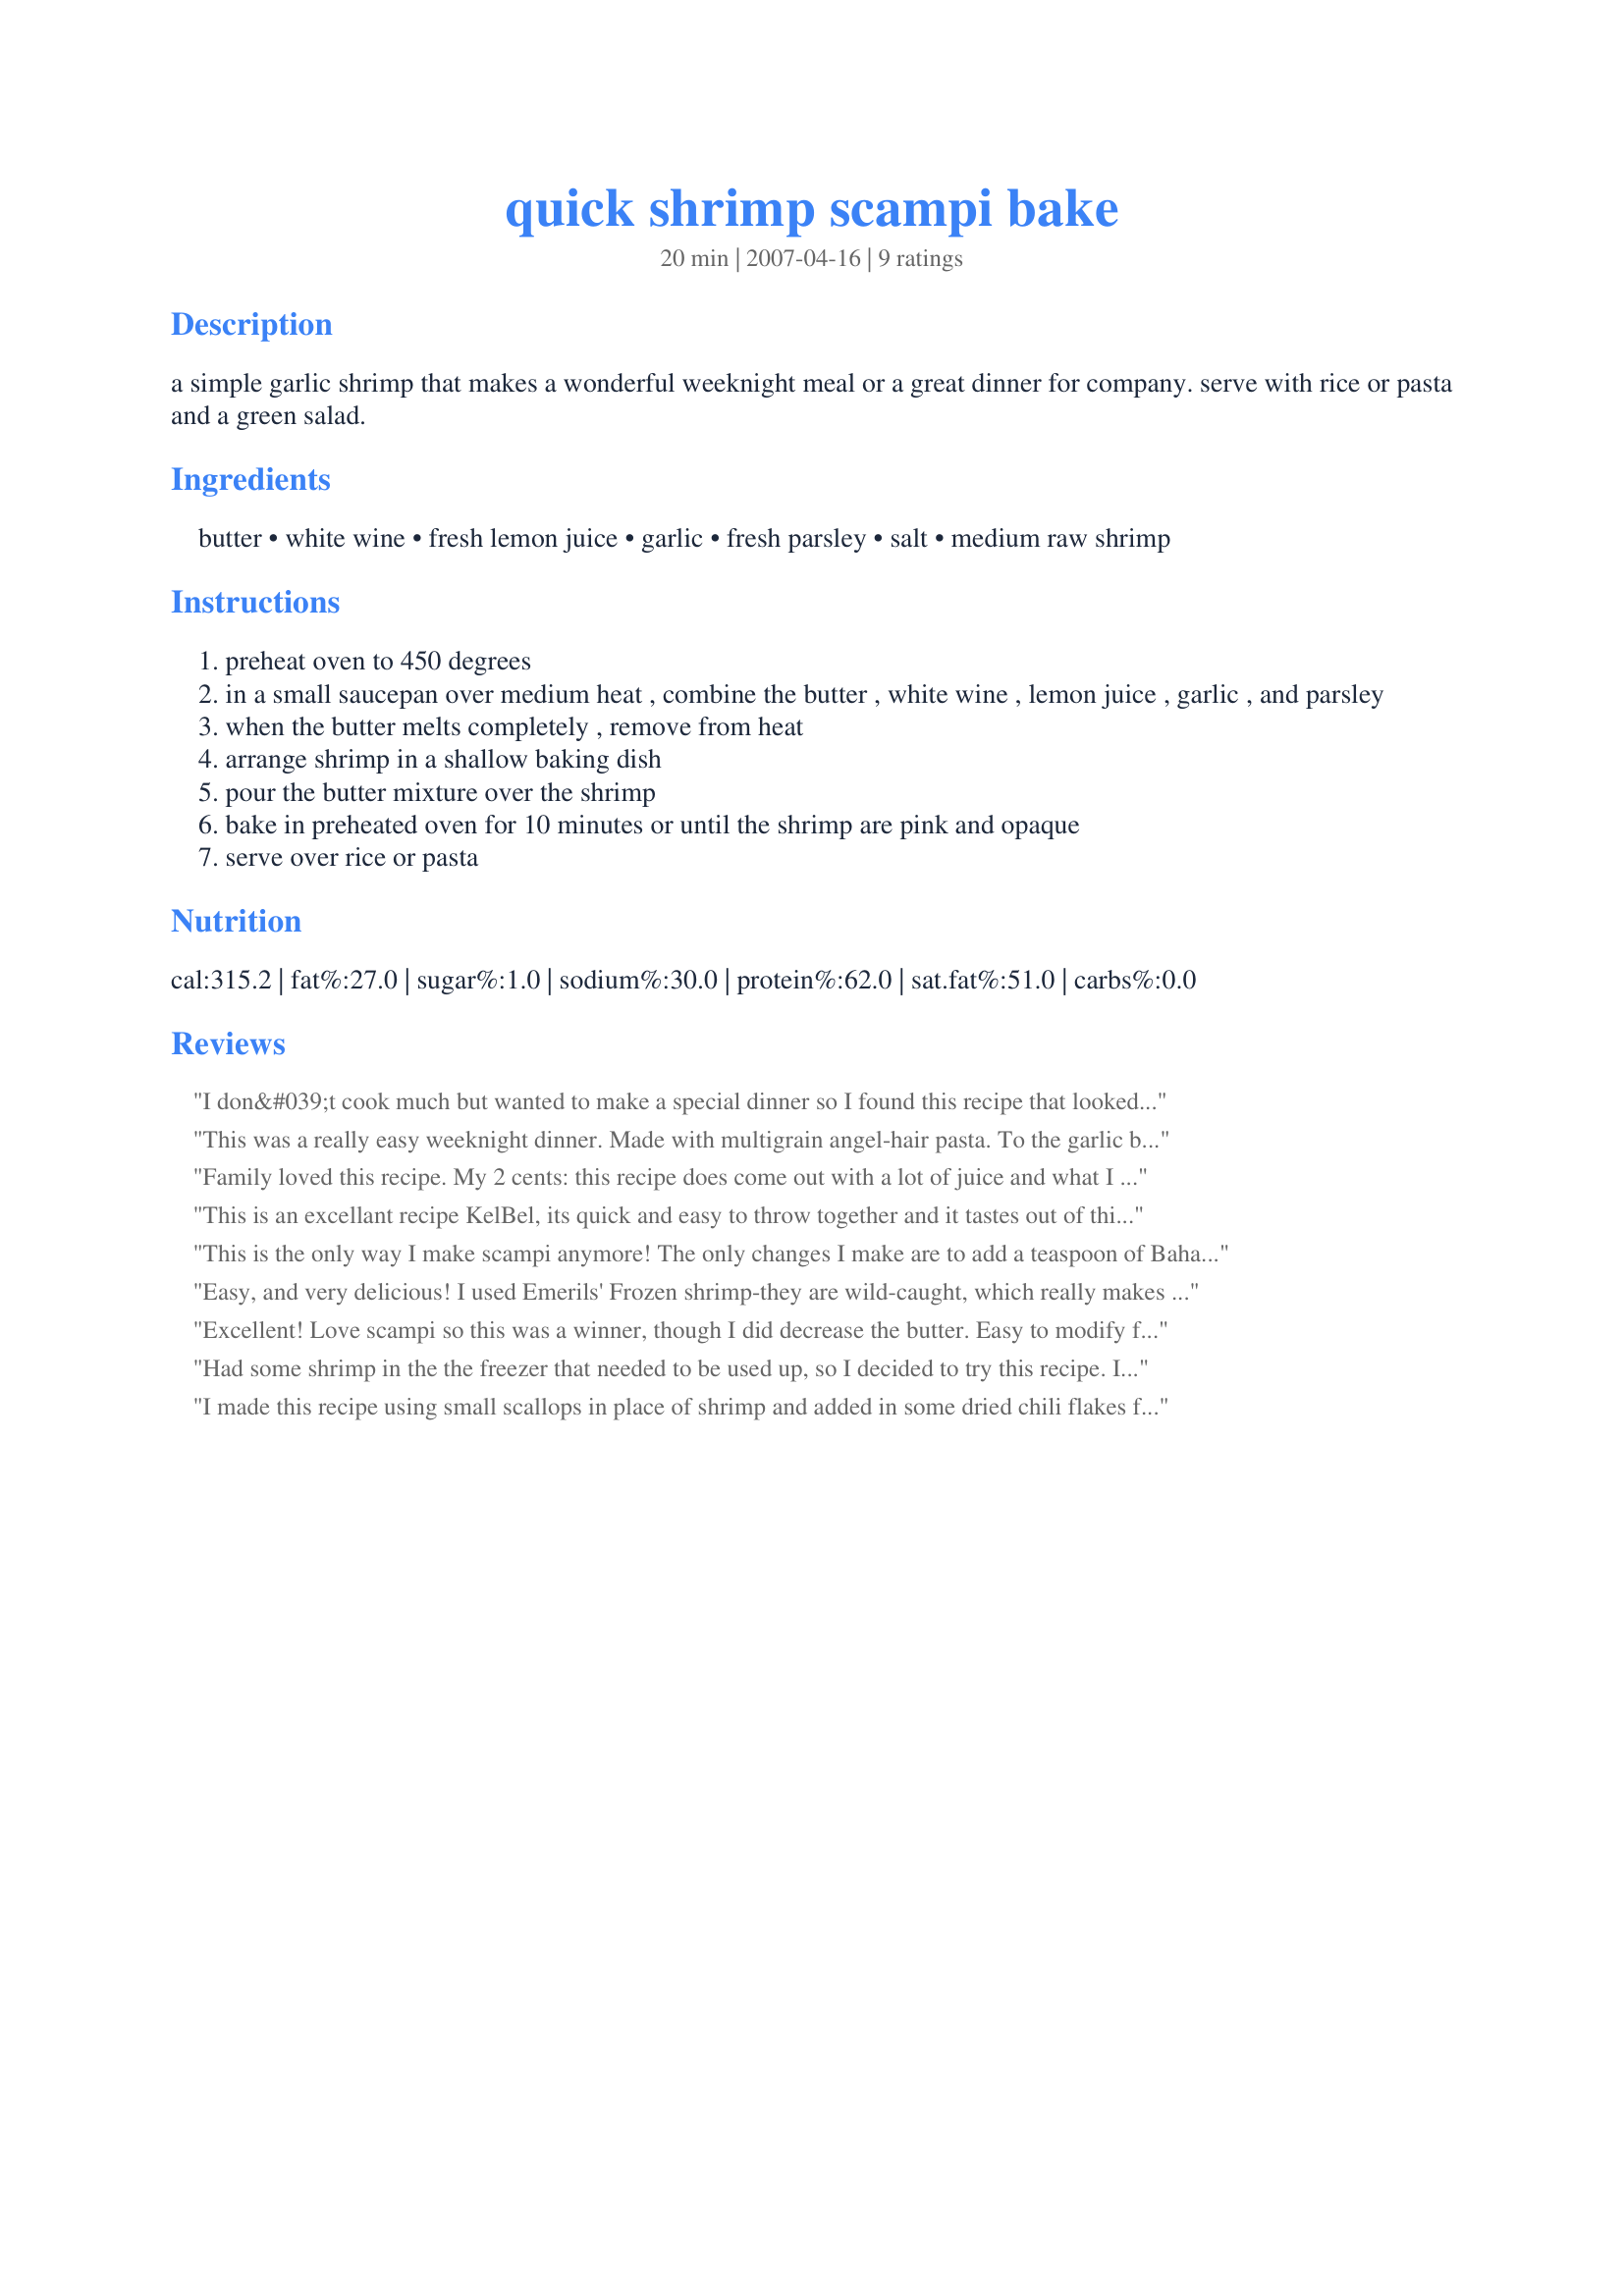
quick shrimp scampi bake
Preparation time: 20 minutes

a simple garlic shrimp that makes a wonderful weeknight meal or a great dinner for company. serve with rice or pasta and a green salad.

Ingredients:
butter, white wine, fresh lemon juice, garlic, fresh parsley, salt, medium raw shrimp

Steps:
preheat oven to 450 degrees
in a small saucepan over medium heat , combine the butter , white wine , lemon juice , garlic , and parsley
when the butter melts completely , remove from heat
arrange shrimp in a shallow baking dish
pour the butter mixture over the shrimp
bake in preheated oven for 10 minutes or until the shrimp are pink and opaque
serve over rice or pasta

Reviews:
I don&#039;t cook much but wanted to make a special dinner so I found this recipe that looked really easy. I did alter it a little based on what I had on supply.. I used under 2 lbs shrimp and I substituted fresh garlic for 1 Tbs olive oil with garlic in it. I didn&#039;t use white wine (not b/c I didn&#039;t have it but I wasn&#039;t going to use it all up in the recipe) ;) 1/2 cup butter 1 Tbs lemon juice 1Tbs parm cheese like you use with spagetti, I used tsp salt and sprinkled dried parsley. I melted all the ingredients and then poured over my shrimp in the baking dished. Watching it cook and turn pink I pulled it out as it was bubbling and it was perfectly done. We noticed it needed a little kick. Maybe the wine would have given it that needed kick but a dash of black pepper worked just fine. My special people loved it!
This was a really easy weeknight dinner. Made with multigrain angel-hair pasta. To the garlic butter mix, added extra garlic, 1/2 a left-over garden tomato minced, 4 pieces leftover bacon, some fresh chopped basil, and a sprinkling of Old Bay Seasoning. Topped with a bit of fresh Parmesan and fresh garlic bread. Yummy and quick.
Family loved this recipe.
My 2 cents:
this recipe does come out with a lot of juice and what I did was drain all the juice into a pan and reduce it until the liquid thickened up and added back to the shrimp! This made the dish soooo delicious!
This is an excellant recipe KelBel, its quick and easy to throw together and it tastes out of this world. I used a good quality white german wine, meyer lemon and elephant garlic. The shrimp were perfectly flavoured and cooked. I served this with simple long grain rice, it was delicious. Thank you so much for a dish that even my picky dh enjoyed.
This is the only way I make scampi anymore! The only changes I make are to add a teaspoon of Bahama Mamma crab seasoning in place of the salt and probably double the lemon juice and garlic. I some times do half shrimp and half scallops for a change of pace.
Easy, and very delicious! I used Emerils' Frozen shrimp-they are wild-caught, which really makes a difference in flavor. A little extra garlic, because BF loves it! Served over linguini with freshly grated Paremesan/Reggiano cheese. Truly restruant quality!!
Excellent! Love scampi so this was a winner, though I did decrease the butter. Easy to modify for one person. Served it over angel hair. Lovely! Thanks KelBel.
Had some shrimp in the the freezer that needed to be used up, so I decided to try this recipe. It had to be one of the quickest dinners I've ever put on the table! DH loved it and said it's definitely a "make again." The only change I made was to use light butter instead of regular. Served over Barilla Plus angel hair pasta. Thanks!
I made this recipe using small scallops in place of shrimp and added in some dried chili flakes for heat, I think the wine needs to be reduced slightly as it overpowered the ingredients a little, I will reduce by 1/4 cup next time, also I increased the garlic to 2 tablespoons, my DS enjoyed this with crusty bread, thanks for sharing Kel!...Kitten:)
